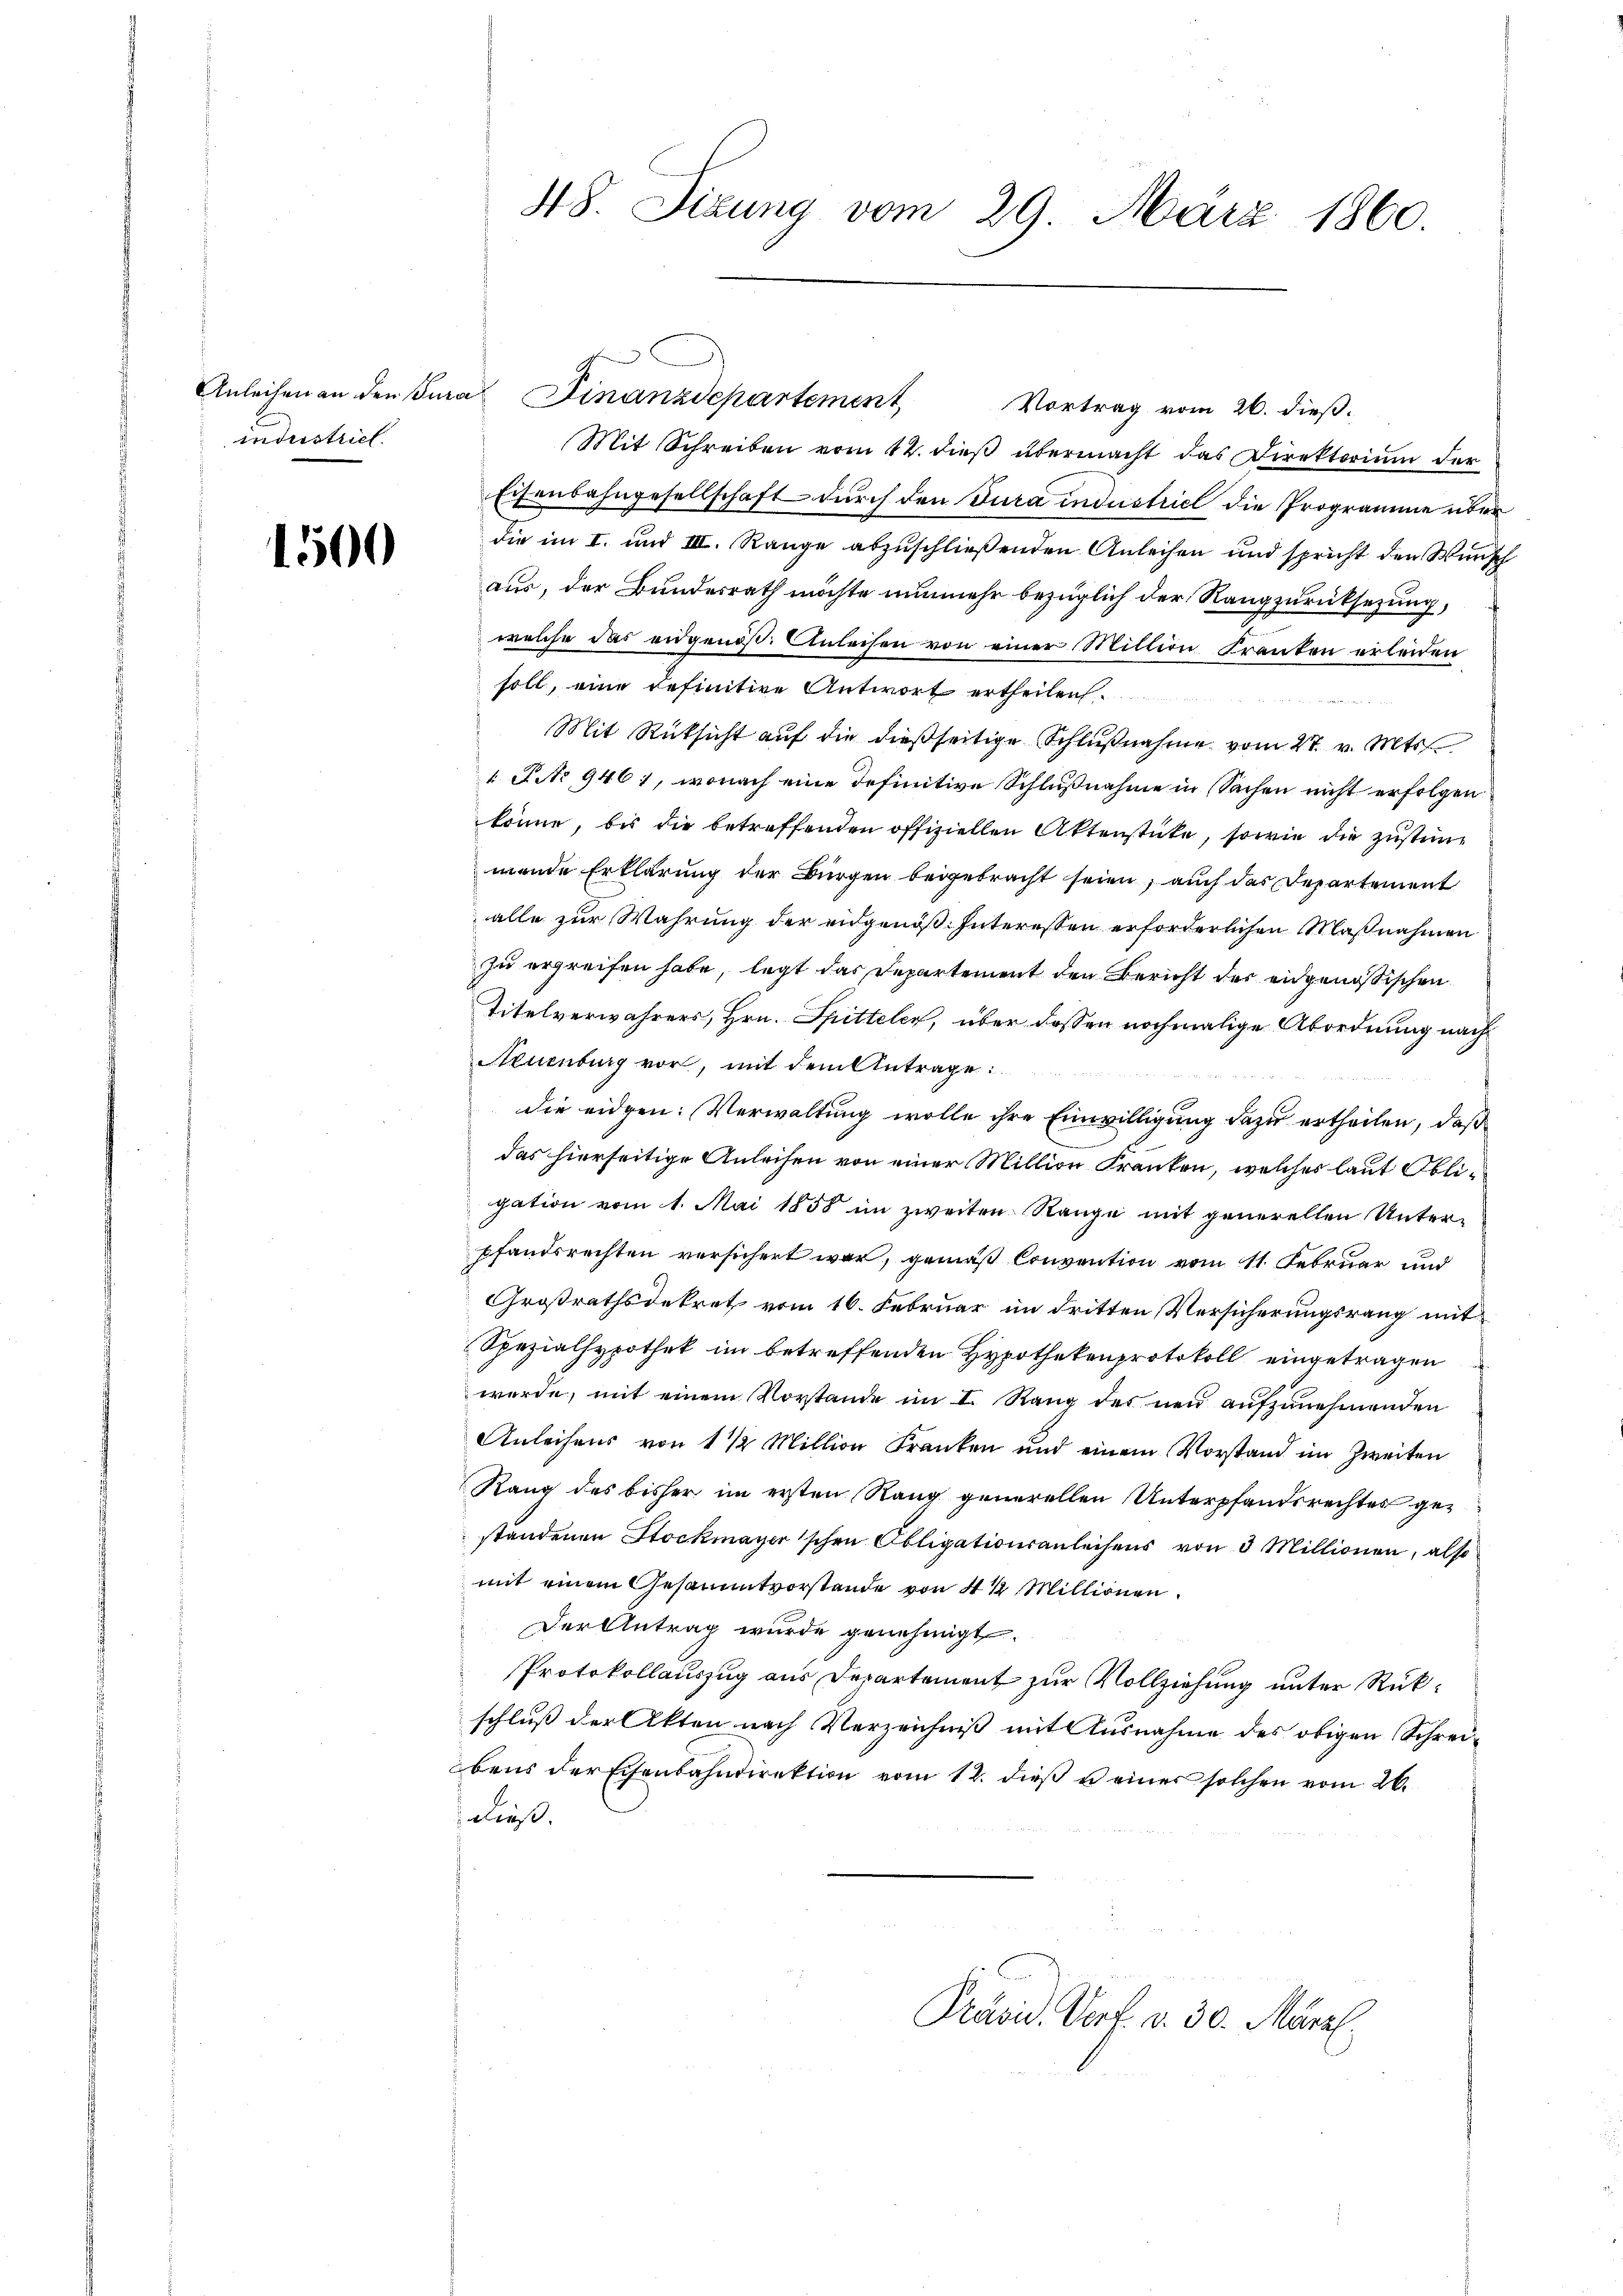
industriel

1500

Vortrag vom 26. dieß.
Mit Schreiben vom 12. dieß übermacht das Direktorium der
Eisenbahngesellschaft durch den Jura industriel die Programme über
die im I. und III. Range abzuschließenden Anleihen und spricht den Wunsch
aus, der Bundesrath möchte nunmehr bezüglich der Rangzurücksetzung,
welche das angenoß. Anleisen von einer Mittern Franken erleiden
soll, eine definitive Antwort ertheilen.
Mit Rüksicht auf die dießseitige Schlußnahme vom 27. v. Mts.
1 J. No 9461, wonach eine definitive Schlußnahme in Sachen nicht erfolgen
könne, bis die betreffenden offiziellen Aktenstücke, sowie die zustimmende Erklärung der Bürgen beigebracht seien, auch das Departement
alle zur Wahrung der eidgenöß. Interessen erforderlichen Maßnahmen
zu ergreifen habe, legt das Departement den Bericht der eidgenössischen
Titelverwahrers, Hrn. Spittelen, über dessen nochmalige Abordnung nach
Neuenburg vor, mit dem Antrage:
die eidgen: Verwaltung wolle ihre Einwilligung dazu ertheilen, daß
das hierseitige Anleisen von einer Million Franken, welches laut Obligation vom 1. Mai 1858 im zweiten Range mit generellen Unterpfandsrechten versichert war, gemäß Convention vom 11. Februar und
Großrathsdekret vom 16. Februar im dritten Versicherungsrang mit
Spezialhypothek im betreffenden Hypothekenprotokoll eingetragen
werde, mit einem Vorstande im I. Rang des neu aufzunehmenden
Anleihens von 1 1/2 Million Franken und einem Vorstand im Zweiten
Rang des bisher im ersten Rang generellen Unterpfandsrechtes gestandenen Stockmayerischen Obligationsanleihens von 3 Millionen, also
mit einem Gesammtvorstande von 4 ½ Millionen.
Der Antrag wurde genehmigt.
Protokollauszug aus Departement zur Vollziehung unter Rükschluß der Akten nach Verzeichniß mit Ausnahme des obigen Schreibens der Eisenbahndirektion vom 12. dieβ u einer solchen vom 26.
ließ.

48. Sizung vom 29. März 1860.

Anleihen an den Jua Finanzdepartement,

Prävid. Dorf. v. 30. März.